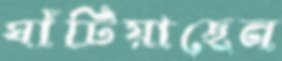
ঘাঁটিয়াছেন